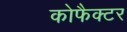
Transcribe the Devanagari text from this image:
कोफैक्टर